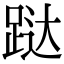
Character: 跶